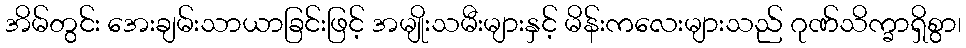
အိမ်တွင်း အေးချမ်းသာယာခြင်းဖြင့် အမျိုးသမီးများနှင့် မိန်းကလေးများသည် ဂုဏ်သိက္ခာရှိစွာ၊